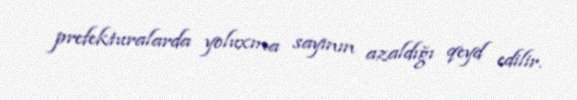
prefekturalarda yoluxma sayının azaldığı qeyd edilir.